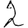
Digit: 2